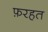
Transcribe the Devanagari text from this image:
फ़रहत